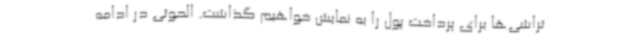
تراشی‌ها برای پرداخت پول را به نمایش خواهیم گذاشت. الحوثی در ادامه